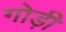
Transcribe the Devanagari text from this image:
गोड़ी